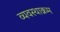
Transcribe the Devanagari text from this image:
व्यवस्थाक्रम